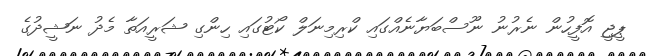
ޕީޖީ އޮފީހުން ނެރުނު ނޫސްބަޔާނެއްގައި ކްރިމިނަލް ކޯޓުގައި ހިންގި ޝަރީއަތާ މެދު ނަޝީދުގެ